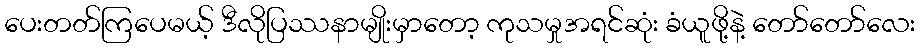
ပေးတတ်ကြပေမယ့် ဒီလိုပြဿနာမျိုးမှာတော့ ကုသမှုအရင်ဆုံး ခံယူဖို့နဲ့ တော်တော်လေး